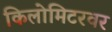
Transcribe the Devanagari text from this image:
किलोमिटरवर